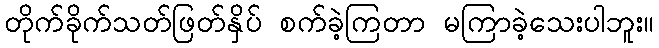
တိုက်ခိုက်သတ်ဖြတ်နှိပ် စက်ခဲ့ကြတာ မကြာခဲ့သေးပါဘူး။